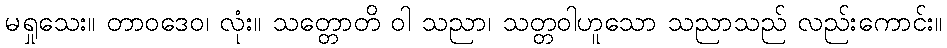
မရှုသေး။ တာဝဒေဝ၊ လုံး။ သတ္တောတိ ဝါ သညာ၊ သတ္တဝါဟူသော သညာသည် လည်းကောင်း။